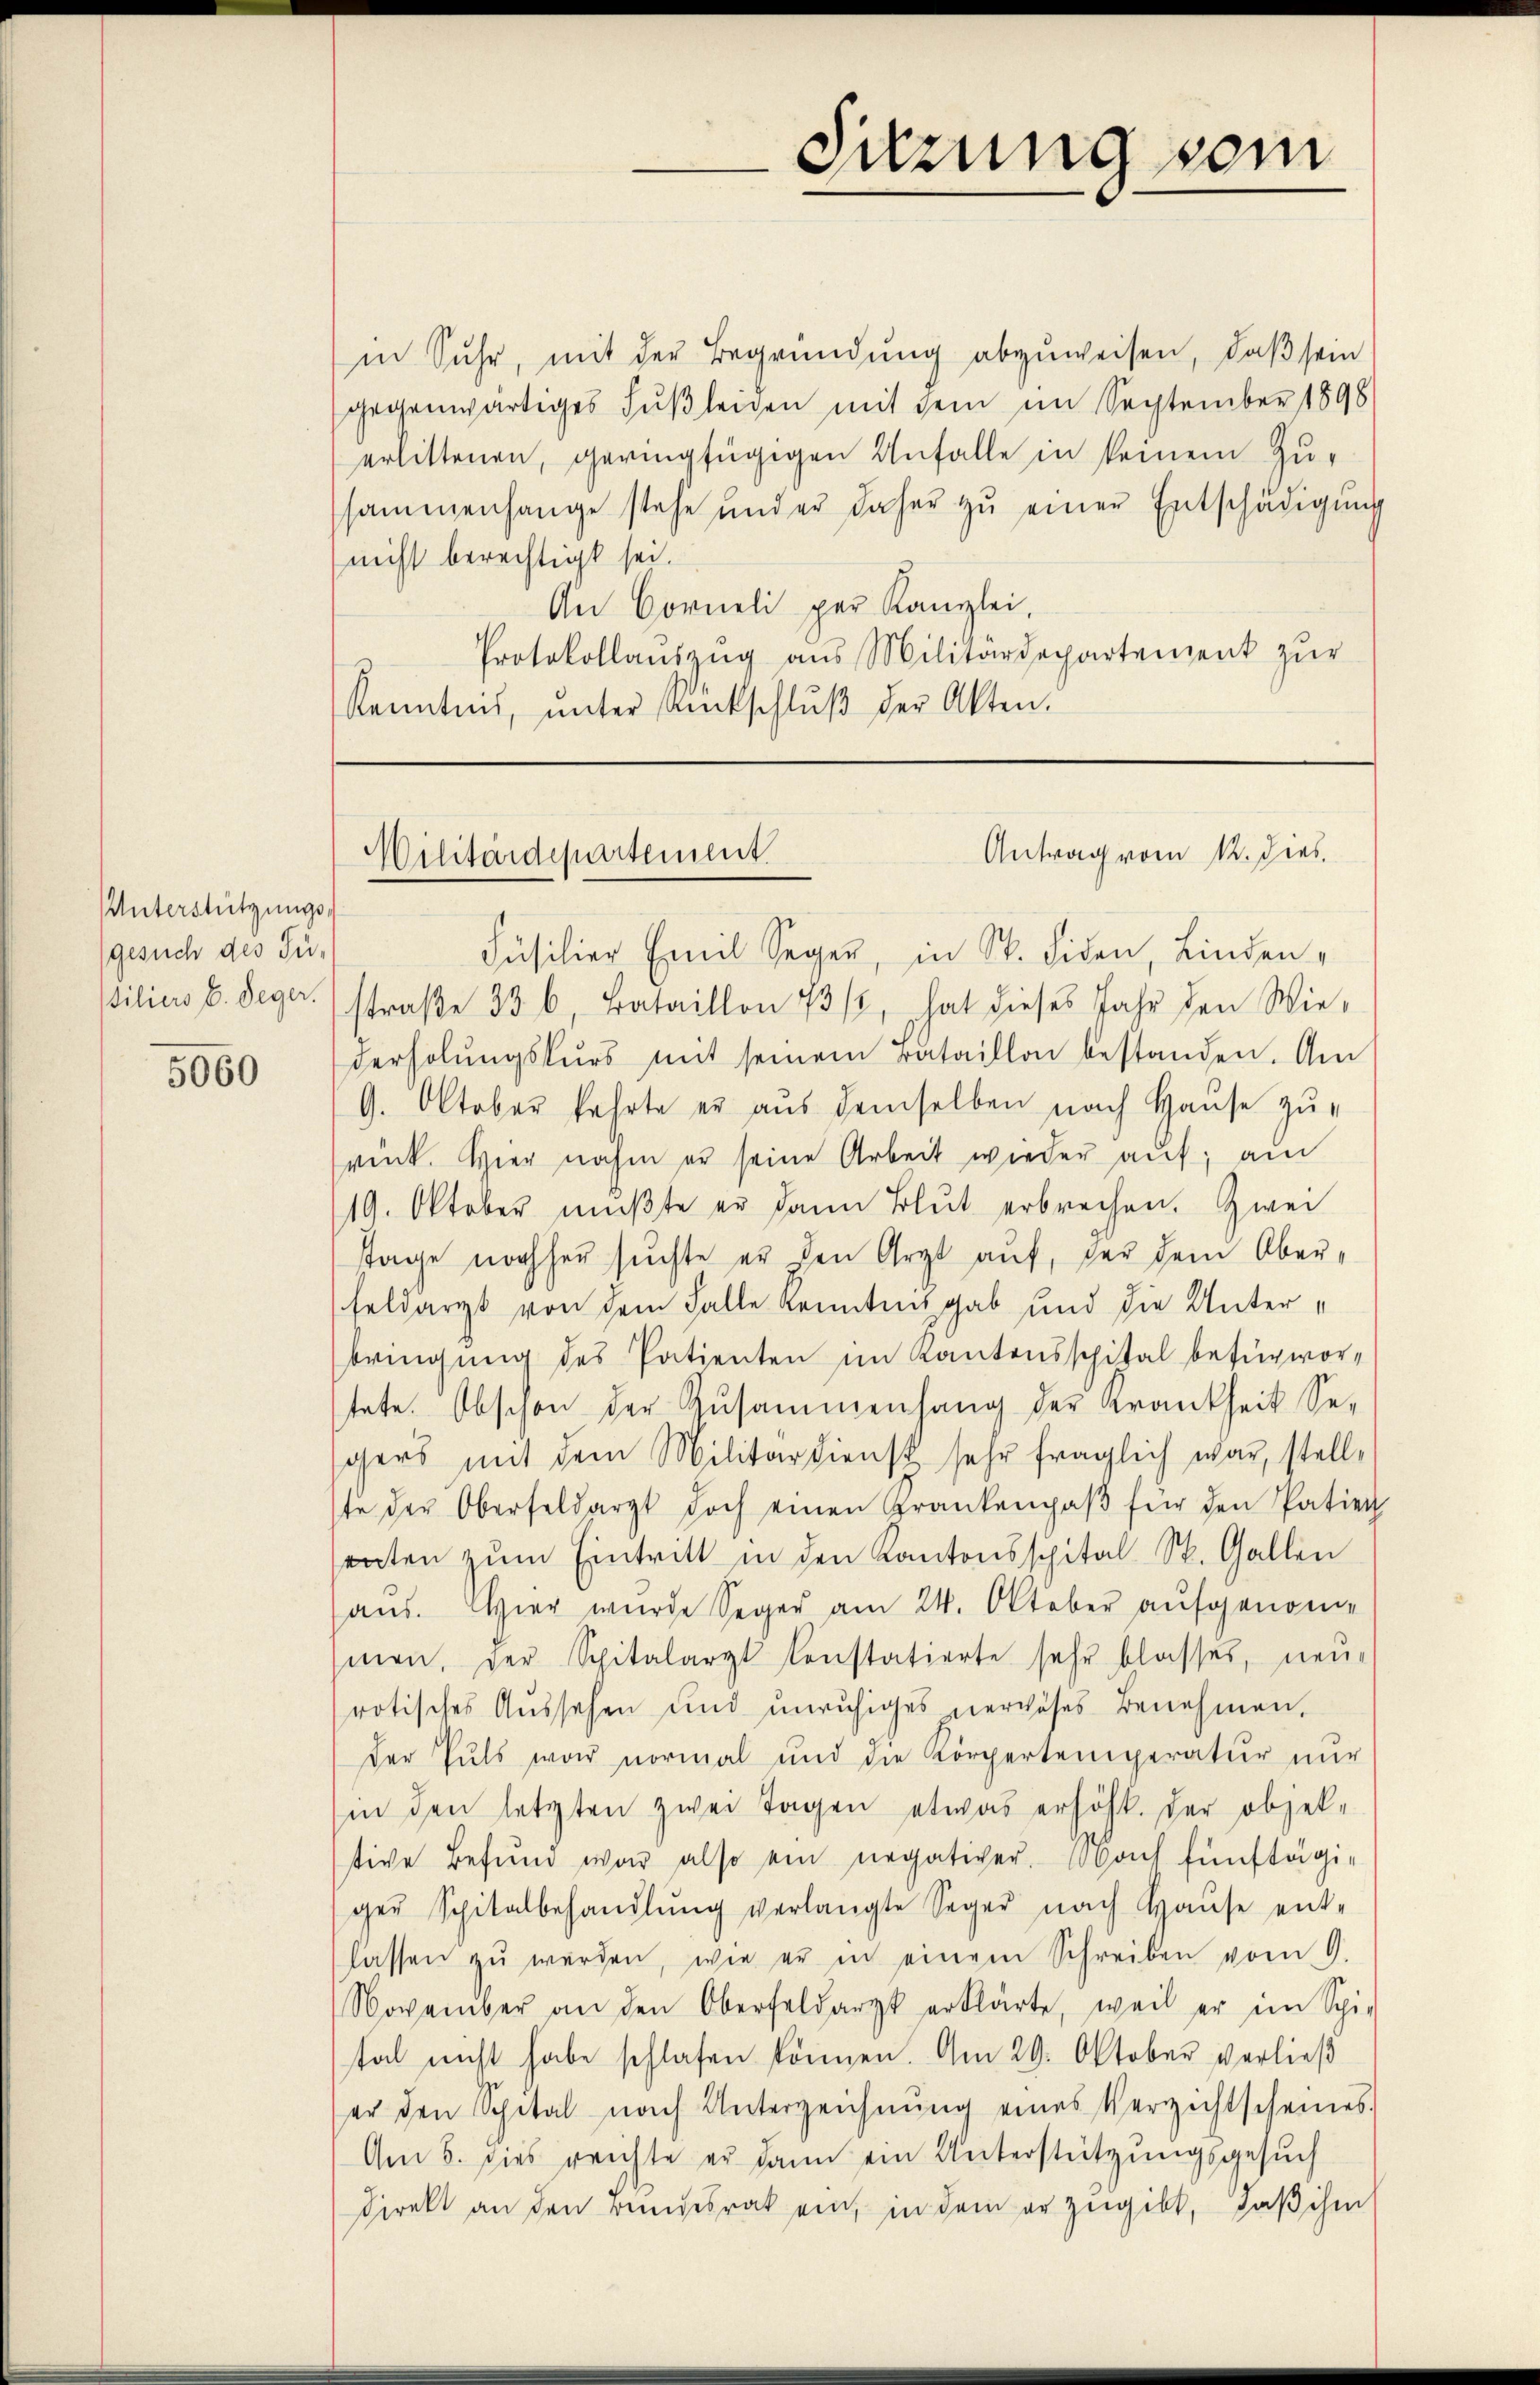
Unterstützungsgesuch des Tüiliers E. Deger.

5060

Sitzung vom

in Suhr, mit der Begründung abzuweisen, daß sein
gegenwärtiges Fußleiden mit dem im September 1898
erlittenen, geringfügigen Unfalle in keinem Zusammenhange stehe und er daher zŭ einer Entschädigŭng
nicht berechtigt sei.
An Corneli per Kanzlei,
Protokollaŭszŭg aŭs Militärdepartement zŭr
Kenntnis, ŭnter Rutschlŭβ der Akten.

Antrag vom 12. Dies
Militärdepartement.

Füsilier Emil Seger, in St. Fiden, Linden-
straße 33 6 Bataillon 13/2, hat dieses Jahr den Wie-
derholŭngskurs mit seinem rataillon bestanden. Am
9. Oktober fahrte er aŭs demselben nach Haŭse zŭ-
rück. Hier nahm er seine Arbeit wieder auf; am
19. Oktober mŭβte er dann Blŭt erbrechen. Zwei
Tage nachher suchte er den Arzt auf, der dem Ober¬
Feldarzt von dem Falle Kenntnis gab und die Unterbringung des Patienten im Kantonsspital befürwortete. Abschon der Zusammenhang der Krankheit Se-
gers mit dem Militärdienst sehr fraglich war, stellte der Oberfeldarzt doch einen Krankenpaβ für den Patien
senten zum Eintritt in den Kantonsspital St. Gallen
aus. Hier wurde Seger am 24. Oktober aufgenommen, der Spitalarzt Constatierte sehr blasses, neurotisches Aŭssehen und unruhiges nervöses Benehmen,
der Puls war normal und die Körpertemperatur nur
in den letzten zwei Tagen etwas erhöht. der objek-
tive Befund war also ein negativer Nach fünftägigen Spitalbehandlŭng verlangte Seger nach Haŭse ent-
lassen zŭ werden, wie er in einem Schreiben vom 9.
November an den Oberfeldarzt erklärte, weil er im Spi-
stal nicht habe schlafen können. Am 29. Oktober verließ
er den Spital nach Unterzeichnŭng eines Verzichtscheines
Am 5. dies reichte er dann ein Unterstützungsgesuch
direkt an den Bundesrat ein, in dem er zugibt, daß ihm